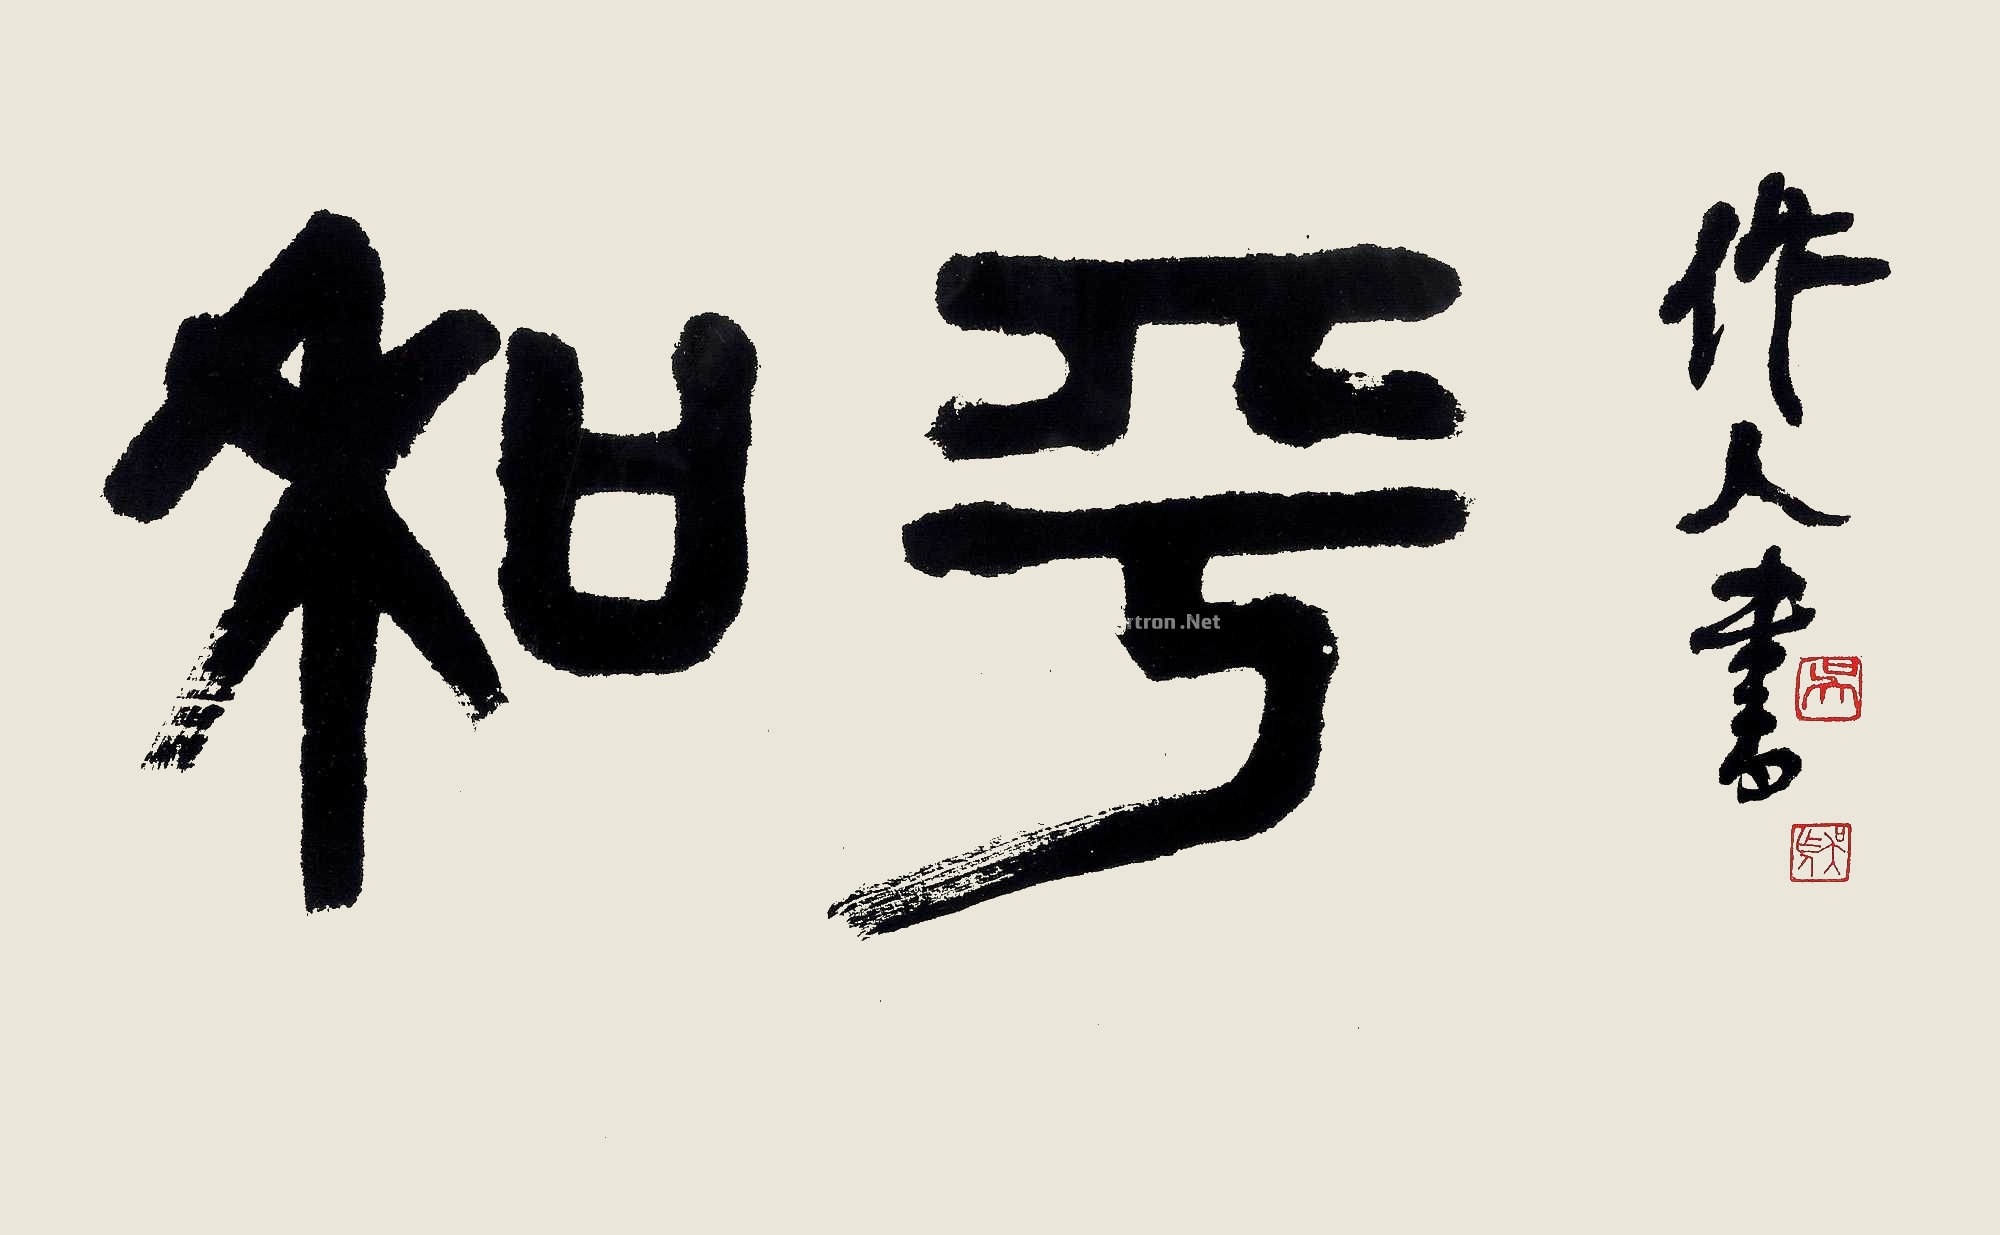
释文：和平作人书。